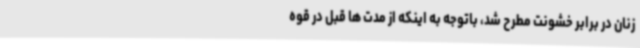
زنان در برابر خشونت مطرح شد، باتوجه به اینکه از مدت ها قبل در قوه